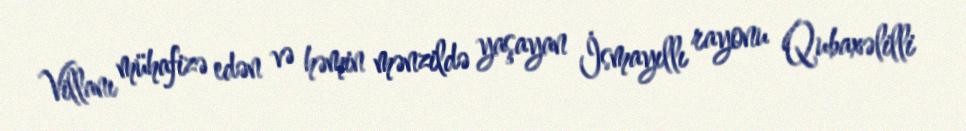
Villanı mühafizə edən və həmin mənzildə yaşayan İsmayıllı rayonu Qubaxəlilli